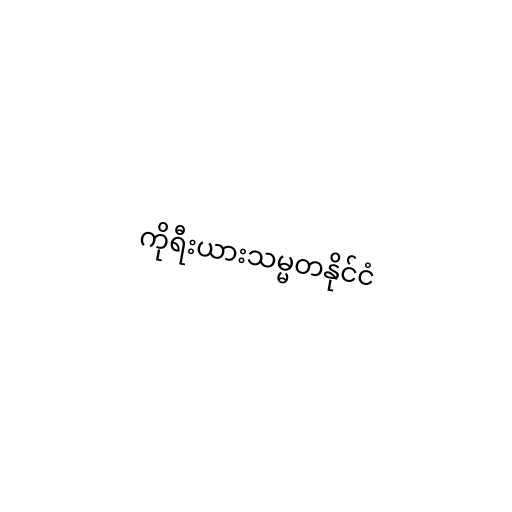
ကိုရီးယားသမ္မတနိုင်ငံ